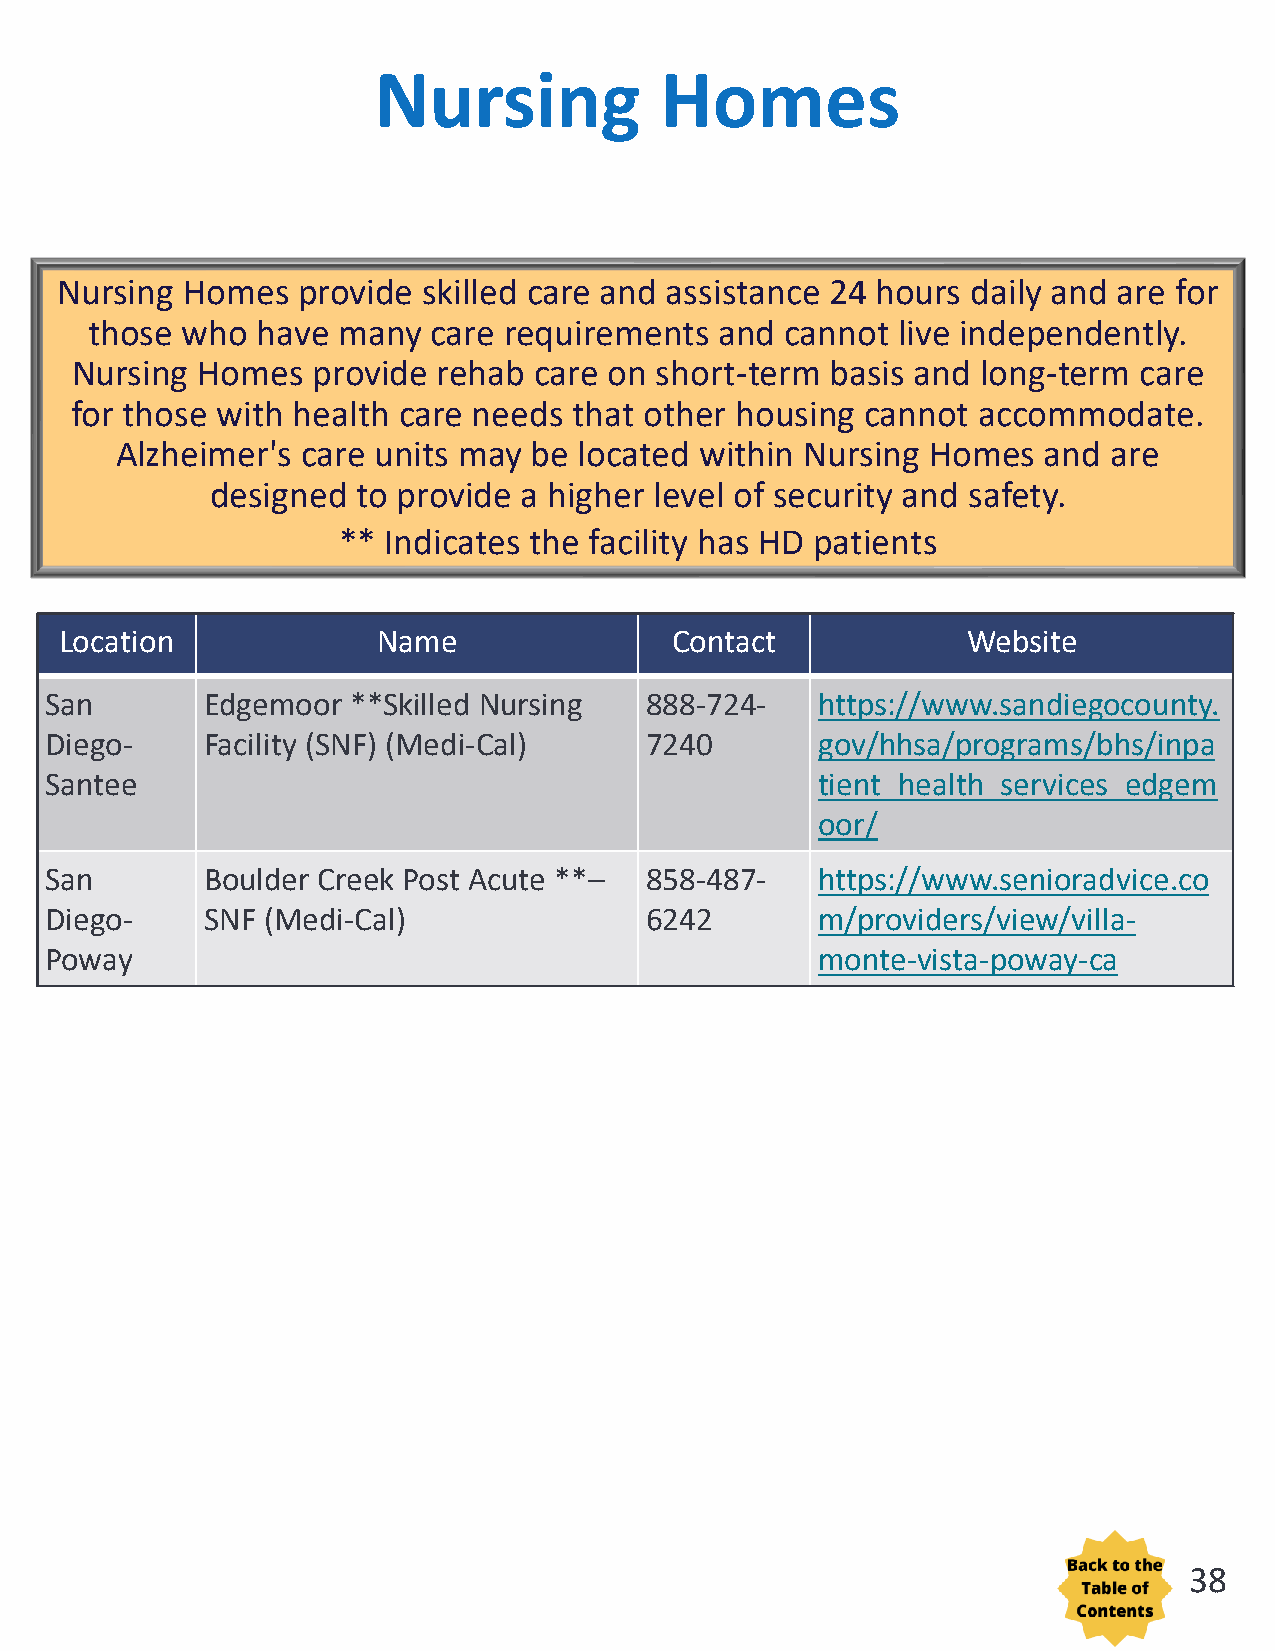
Nursing            Homes
 Nursing Homes   provide skilled care and assistance 24 hours daily and are for
 those who  have many   care requirements  and cannot  live independently.
 Nursing Homes   provide rehab care on short-term  basis and long-term care
 for those with health care needs that other housing cannot  accommodate.
 Alzheimer's care units may be located within Nursing  Homes  and  are
 designed  to provide a higher level of security and safety.
 ** Indicates the facility has HD patients
 Location             Name               Contact             Website
 San       Edgemoor  **Skilled Nursing   888-724-   https://www.sandiegocounty.
 Diego-    Facility (SNF) (Medi-Cal)     7240       gov/hhsa/programs/bhs/inpa
 Santee                                             tient_health_services_edgem
 oor/
 San       Boulder Creek Post Acute **–  858-487-   https://www.senioradvice.co
 Diego-    SNF (Medi-Cal)                6242       m/providers/view/villa-
 Poway                                              monte-vista-poway-ca
 38